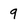
Character: 9